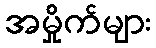
အမှိုက်များ